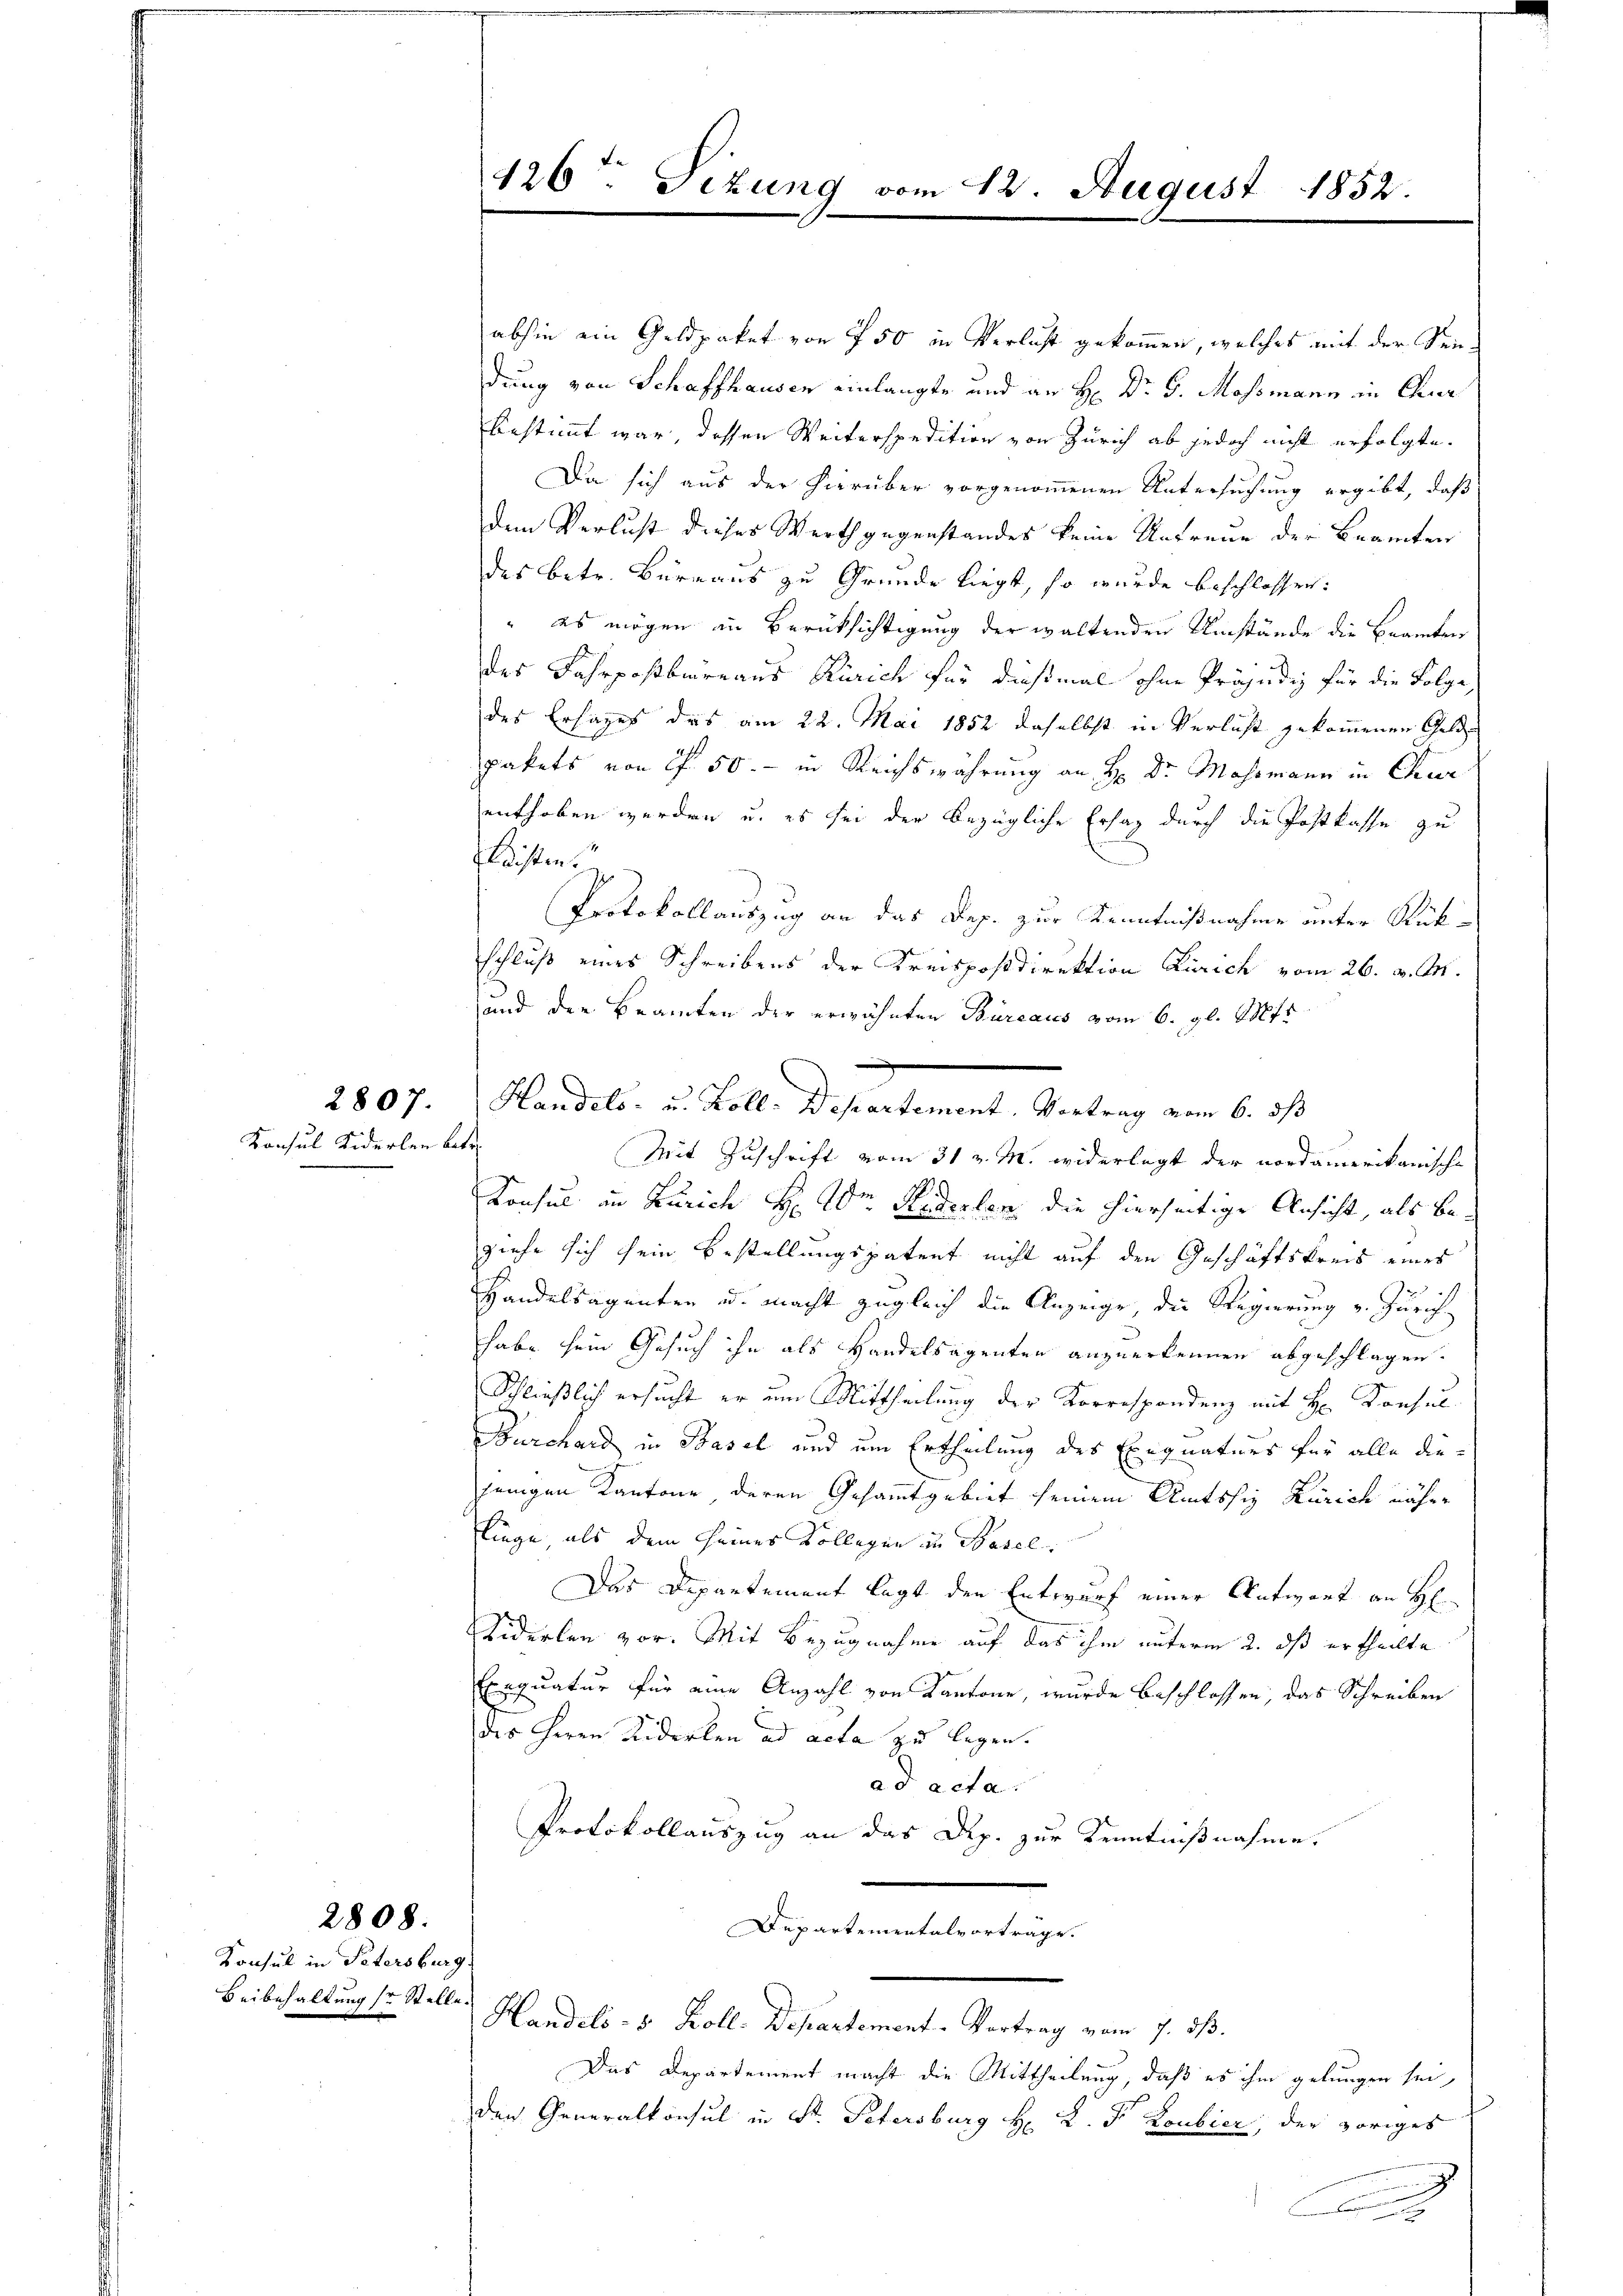
2807.

Konsul Siderlen betr

Konsul in Petersburg

2808.

126t Tizung vom 12. August 1852.

abhin ein Geldpaket von 750 in Verlust gekom̅en, welches mit der Seedung von Schaffhausen einlangte und an H: Dr. G. Mossmann in Chur
bestimmt war, dessen Weiterspedition von Zürich ab jedoch nicht erfolgte.
Da sich aus der hierüber vorgenommenen Untersuchung ergibt, daß
dem Verlust dieses Werth gegenstandes keine Untreue der Beamten
des betr. Büreaus zu Grunde liegt, so wurde beschlossen:
" es mögen an Berücksichtigung der waltenden Umstände die Beamten
des Fahrpostbureaus Zürich für dießmal ohne Präjudiz für die Folge
des Ersages das am 22. Mai 1852 daselbst in Verlust gekommenen Geld
pakets von ff. 50.- in Reichswährung an H: Dr. Mohrmann in Chur
enthoben werden u. es sei der bezügliche Ersaz durch die Postkasse zu
leisten.
Protokollauszug an das Dep. zur Kenntnißnahme unter Rückschluß eines Schreibens der Kreispostdirektion Zürich vom 26. v. M.
und den Beamten der erwähnten Bureaus vom 6. gl. Mts
Handels- u. Koll-Departement. Vortrag vom 6. ds
Mit Zuschrift vom 31 v. M. widerlegt der nordamerikanische
Konsul in Zürich H: Dr. Siderlen, die hierseitige Ansicht, als Beziehe sich sein Bestellungspatent nicht auf den Geschäftskreis eines
Handelsagenten u. macht zugleich die Anzeige, die Regierung v. Zürich-
habe sein Gesuch ihn als Handelsagenten anzuerkennen abgeschlagen.
Schließlich ersucht er um Mittheilung der Korrespondenz mit Hr. Konsul
Burchard in Basel und um Ertheilung des Exequaturs für alle diejeingen Kantone deren Gesammtgebiet seinem Amtssig Zürich näher
linge als dem seines Collegen in Basel
Das Departement legt den Entwurf einer Antwort an H
Siderlen vor. Mit Bezugnahme auf das ihm unterm 2. ds ertheilte
Exequatur für eine Anzahl von Kantone, wurde beschlossen, das Schreiben
des Herrn Siderlen ad acta zu legen.
ad acta.
Protokollauszug an das Rp. zur Kenntnißnahme,
Departementalvortrage.
Beibehaltung sr Stelle Handels- u. Koll. Departement. Vortrag vom 7. dβ.
Das Departement macht die Mittheilung, daß es ihm gelungen sei,
den Generalkonsul in St. Petersburg H. K. Fr. Loubier, der voriges